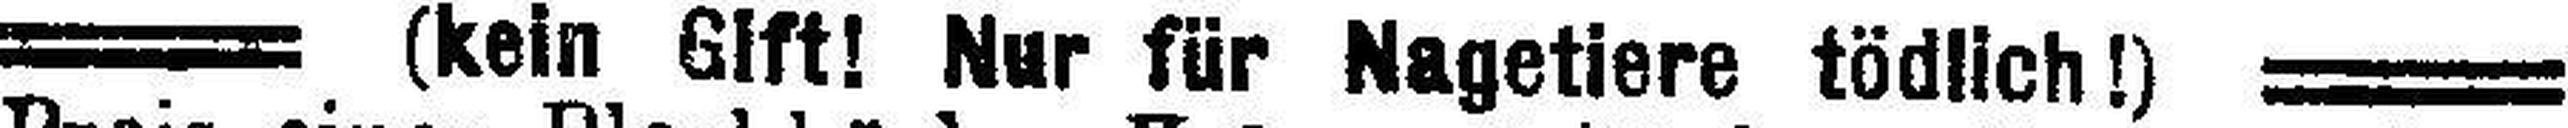
(kein Gift! Nur für Nagetiere tödlich!)